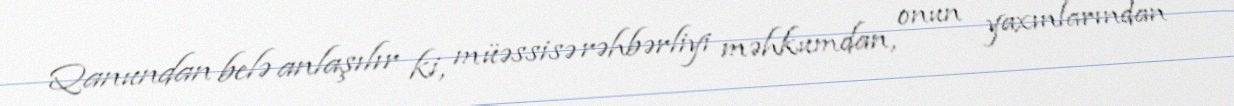
Qanundan belə anlaşılır ki, müəssisə rəhbərliyi məhkumdan, onun yaxınlarından